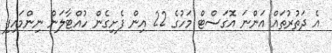
އެ ދަތުރުތައް އަންނަ އޮގަސްޓް މަހުގެ 22 އިން ފެށިގެން ހުއްޓާލަން ނިންމައިފި